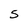
Character: s